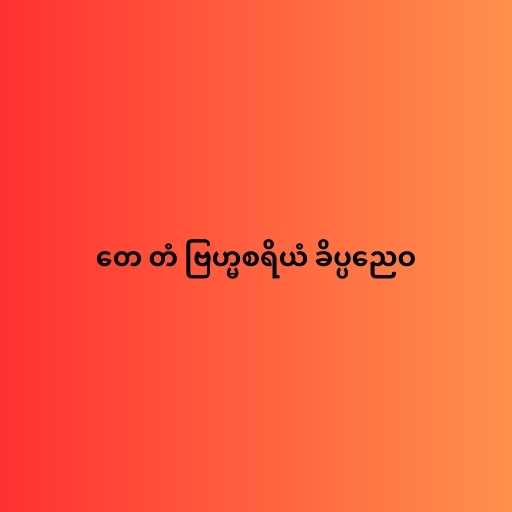
တေ တံ ဗြဟ္မစရိယံ ခိပ္ပညေဝ